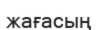
жағасың